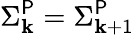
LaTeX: \Sigma_{\mathbf{k}}^{\mathsf{{P}}}=\Sigma_{\mathbf{k}+1}^{\mathsf{{P}}}